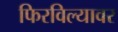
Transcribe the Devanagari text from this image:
फिरविल्यावर